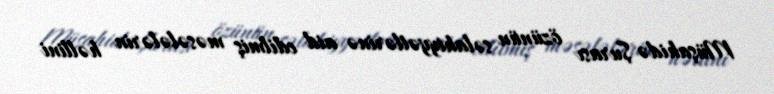
Müşahidə Şurası özünün səlahiyyətlərinə aid edilmiş məsələlərin həllini